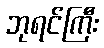
ဘုရင်ကြီး